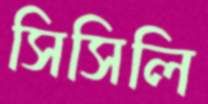
সিসিলি